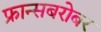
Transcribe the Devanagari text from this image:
फ्रान्सबरोबर